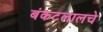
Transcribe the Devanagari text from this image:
बंकटलालचे